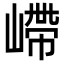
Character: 嵽